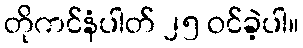
တိုကင်နံပါတ် ၂၅ ဝင်ခဲ့ပါ။